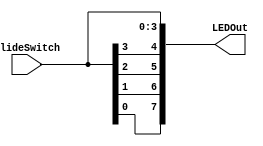
`timescale 1ns / 1ps
//////////////////////////////////////////////////////////////////////////////////
// Company: 
// Engineer: 
// 
// Design Name: 
// Module Name:    SwitchLED 
// Project Name: 
// Target Devices: 
// Tool versions: 
// Description: 
//
// Dependencies: 
//
// Revision: 
// Revision 0.01 - File Created
// Additional Comments: 
//
//////////////////////////////////////////////////////////////////////////////////
module SwitchLED(
    output [7:0] LEDOut,
    input [3:0] SlideSwitch
    );
	 //  Verilog 
	reg [7:0] LEDConnect;
	
	always @(*) begin
	{LEDConnect[7], LEDConnect[0]} = {SlideSwitch[0], SlideSwitch[0]};
	{LEDConnect[6], LEDConnect[1]} = {SlideSwitch[1], SlideSwitch[1]};
	{LEDConnect[5], LEDConnect[2]} = {SlideSwitch[2], SlideSwitch[2]};
	{LEDConnect[4], LEDConnect[3]} = {SlideSwitch[3], SlideSwitch[3]};
	end
	
	assign LEDOut = LEDConnect;
//  Verilog 


endmodule